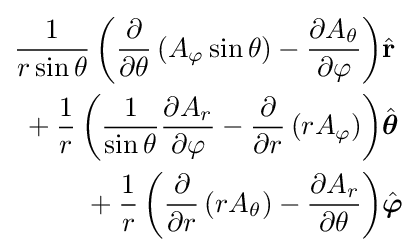
{\begin{aligned}{\frac {1}{r\sin \theta }}\left({\frac {\partial }{\partial \theta }}\left(A_{\varphi }\sin \theta \right)-{\frac {\partial A_{\theta }}{\partial \varphi }}\right)&{\hat {\mathbf {r} }}\\{}+{\frac {1}{r}}\left({\frac {1}{\sin \theta }}{\frac {\partial A_{r}}{\partial \varphi }}-{\frac {\partial }{\partial r}}\left(rA_{\varphi }\right)\right)&{\hat {\boldsymbol {\theta }}}\\{}+{\frac {1}{r}}\left({\frac {\partial }{\partial r}}\left(rA_{\theta }\right)-{\frac {\partial A_{r}}{\partial \theta }}\right)&{\hat {\boldsymbol {\varphi }}}\end{aligned}}